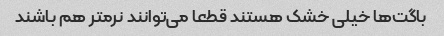
باگت‌ها خیلی خشک هستند قطعا می‌توانند نرمتر هم باشند